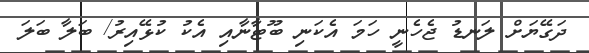
ދަގޭޔަށް ލަނޑު ޖެހެނީ ހަމަ އެކަނި ބޫޓާނާއި އެކު ކުޅޭއިރު/ ބަލާ ބަލަ